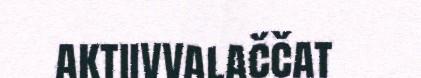
aktiivvalaččat